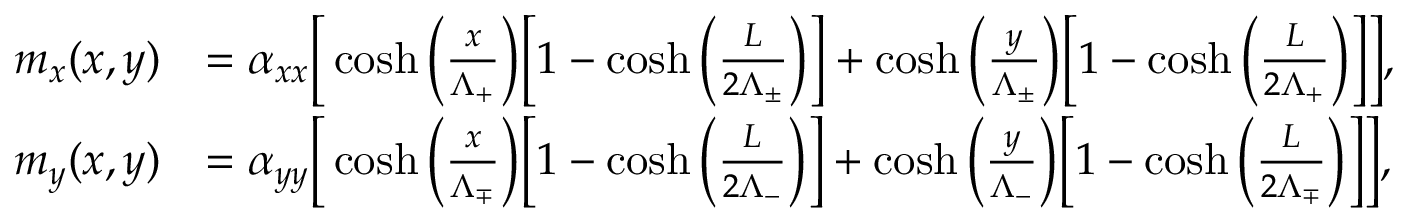
\begin{array} { r l } { m _ { x } ( x , y ) } & { = \alpha _ { x x } \bigg [ \cosh \bigg ( \frac { x } { \Lambda _ { + } } \bigg ) \bigg [ 1 - \cosh \bigg ( \frac { L } { 2 \Lambda _ { \pm } } \bigg ) \bigg ] + \cosh \bigg ( \frac { y } { \Lambda _ { \pm } } \bigg ) \bigg [ 1 - \cosh \bigg ( \frac { L } { 2 \Lambda _ { + } } \bigg ) \bigg ] \bigg ] , } \\ { m _ { y } ( x , y ) } & { = \alpha _ { y y } \bigg [ \cosh \bigg ( \frac { x } { \Lambda _ { \mp } } \bigg ) \bigg [ 1 - \cosh \bigg ( \frac { L } { 2 \Lambda _ { - } } \bigg ) \bigg ] + \cosh \bigg ( \frac { y } { \Lambda _ { - } } \bigg ) \bigg [ 1 - \cosh \bigg ( \frac { L } { 2 \Lambda _ { \mp } } \bigg ) \bigg ] \bigg ] , } \end{array}